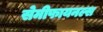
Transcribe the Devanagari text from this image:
सेमीफायनल्स